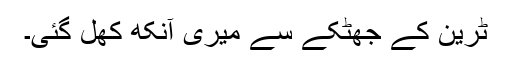
ٹرین کے جھٹکے سے میری آنکھ کھل گئی۔